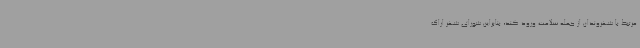
مرتبط با شهروندان از جمله سلامت ورود کند، بنابراین شورای شهر اراک